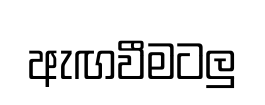
ඇඟවීමටලු